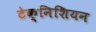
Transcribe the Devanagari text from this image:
टेक्निशियन